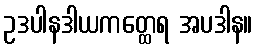
ဥဒပါနဒါယကတ္ထေရ အပဒါန။